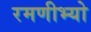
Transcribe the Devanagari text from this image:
रमणीभ्यो